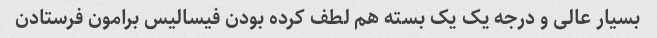
بسیار عالی و درجه یک یک بسته هم لطف کرده بودن فیسالیس برامون فرستادن